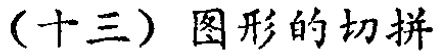
（十三）图形的切拼